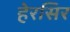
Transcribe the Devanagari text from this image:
हेरसिर